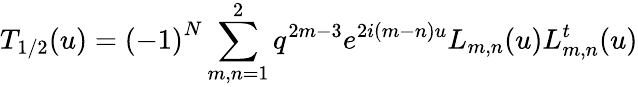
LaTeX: T_{1/2}(u)={(-1)}^{N}\displaystyle\sum_{m,n=1}^{2}q^{2m-3}e^{2i(m-n)u}L_{m,n}(u)L_{m,n}^{t}(u)